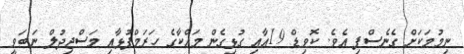
ނިމުމަކަށް ގެނެސްފި އެވެ. ކޮވިޑް 19އާއި ގުޅިގެން މައްކާގެ ހަރަމްފުޅާއި މަސްޖިދުލް ނަބަވީ